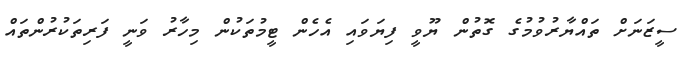
ސީޒަނަށް ތައްޔާރުވުމުގެ ގޮތުން ޔޫވީ ފިޔަވައި އެހެން ޓީމުތަކުން މިހާރު ވަނީ ފަރިތަކުރުންތައް